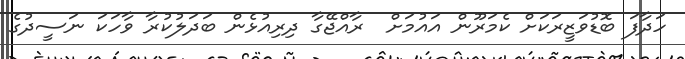
ހަދާފަ ބޮޑުވަޒީރަކަށް ކެމަރޫން އައުމަށް  ރާއްޖޭގާ ދިރިއުޅެން ބަދަލުކުރާ ވާހަކަ ނަސީދުގެ